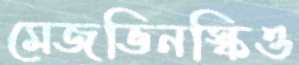
মেজভিনস্কিও